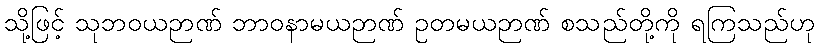
သို့ဖြင့် သုဘဝယဉာဏ် ဘာဝနာမယဉာဏ် ဥတမယဉာဏ် စသည်တို့ကို ရကြသည်ဟု